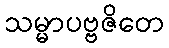
သမ္မာပဗ္ဗဇိတေ